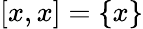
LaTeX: [x,x]=\{ x\}